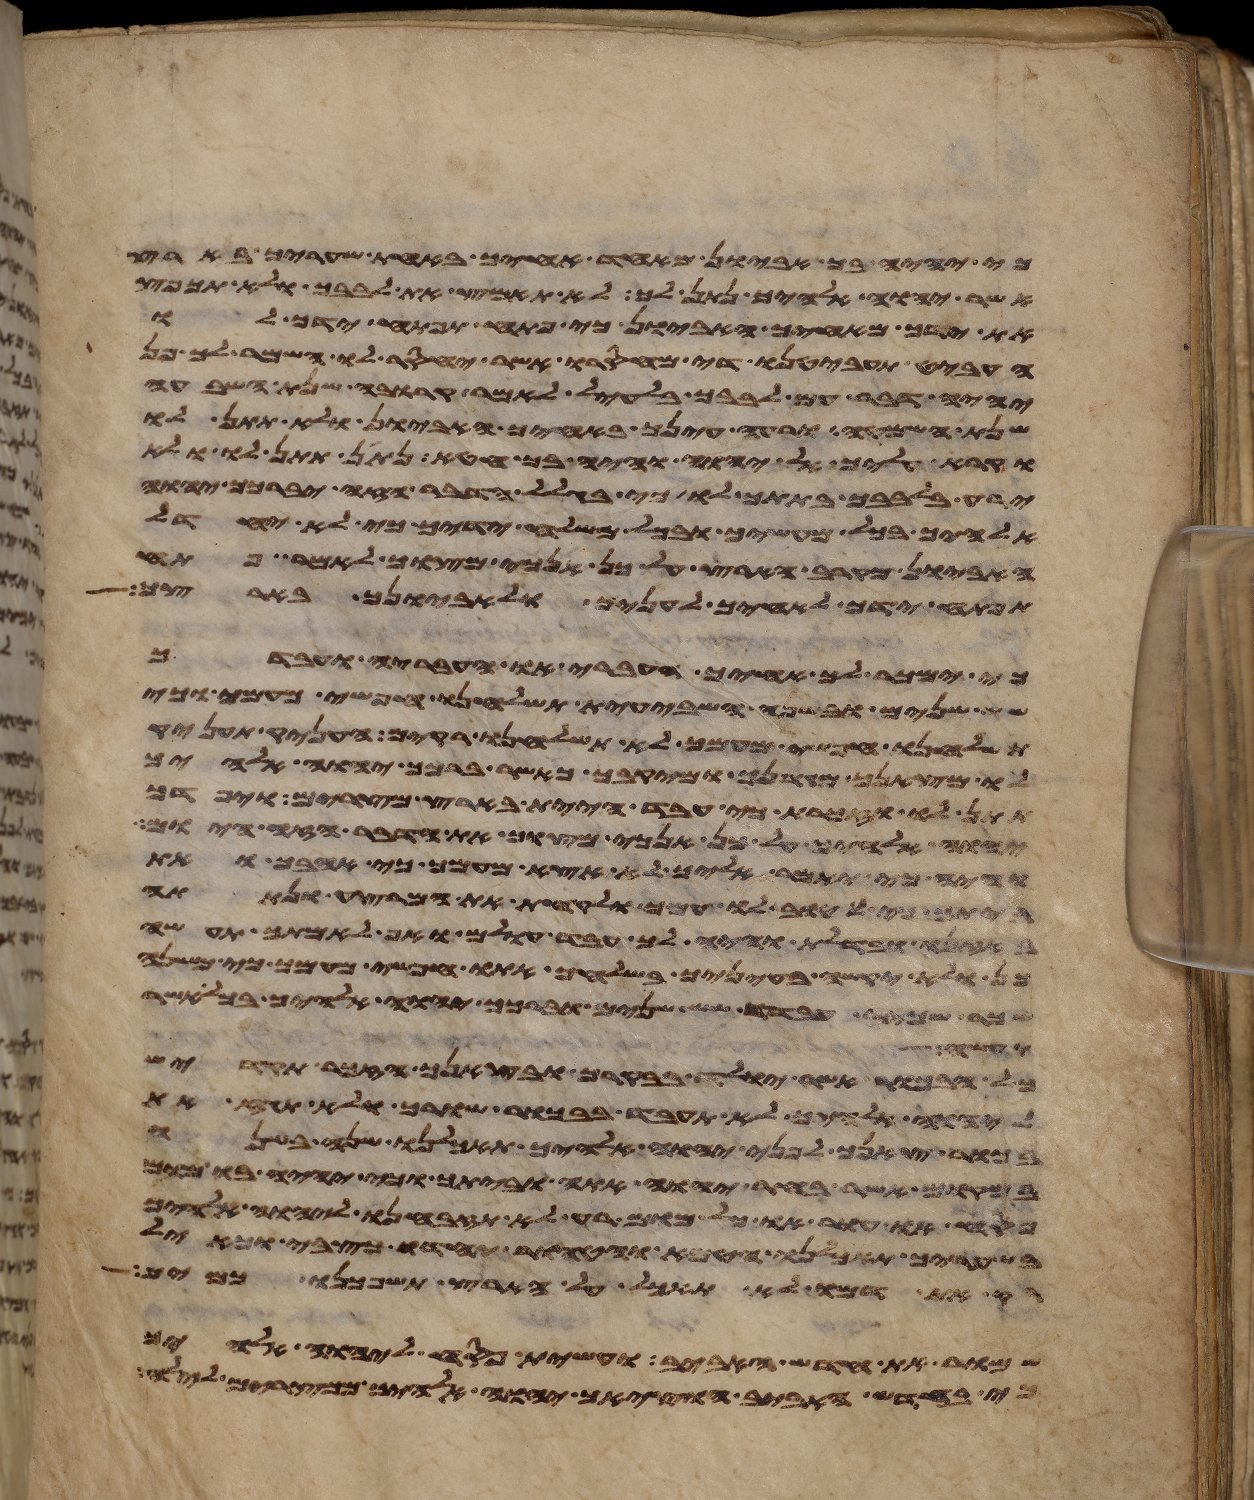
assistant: כי יהיה בך אביון מאחד אחיך באחת שעריך בארץ
אשר יהוה אלהיך נתן לך לא תאמץ את לבבך ולא תכפץ
את ידך מאחיך האביון כי פתח תפתח ידך לו
העביט תעביטנו די מחסרו אשר יחסר לו השמר לך פן
יהיה דבר עם לבבך בלעיל לאמר קרובה שנת השבעה
שנת השמטה ורעה עינך באחיך האביון ולא תתן לו
וקרא עליך אל יהוה והיה בך חטא נתן תתן לו ולא
ירע בלבבך בתתך לו כי בגלל הדבר הזה יברכך יהוה
אלהיך בכל מעשיך ובכל משלח ידיך כי לא יחדל
האביון מקרב הארץ על כן אנכי מצוך לאמר פתח
תפתח ידך לאחיך לעניך ולאביונך בארצך
כי ימכר לך אחיך העברי או העבריה ועבדך
שש שנים ובשנה השביעית תשלחנו חפשי מעמך וכי
תשלחנו חפשי מעמך לא תשלחנו ריקם העניק תעניק
לו מצאנך ומגרנך ומיקבך כאשר ברכך יהוה אלהיך
תתן לו וזכרת כי עבד היית בארץ מצרים ויפדך
יהוה אלהיך על כן אנכי מצוך את הדבר הזה היום
והיה כי יאמר אליך לא אצא מעמך כי אהבך ואת
כי טוב לו עמך ולקחת את המרצע ונתתה
באזנו ובדלת והיה לך עבד עולם ואף לאמתך תעשה
כן ולא יקשה בעיניך בשלחך אתו חפשי מעמך כי משנה
שכר שכיר עבדך שש שנים וברכך יהוה אלהיך בכל אשר
וקדש
כל הבכור אשר יולד בבקרך ובצאנך הזכר תקדיש
ליהוה אלהיך לא תעבד בבכור שורך ולא תגז את
בכור צאנך לפני יהוה אלהיך תאכלנו שנה בשנה
במקום אשר בחר יהוה אתה וביתך וכי יהיה בו מום
פסח או עור או כל מום רע לא תזבחנו ליהוה אלהיך
בשעריך תאכלנו הטמא והטהור יחדו כצבי וכאיל
רק את דמו לא תאכל על הארץ תשפכנו כמים
שמור את חדש האביב ועשית פסח ליהוה אלהיך
כי בחדש האביב הוציאך יהוה אלהיך ממצרים לילה